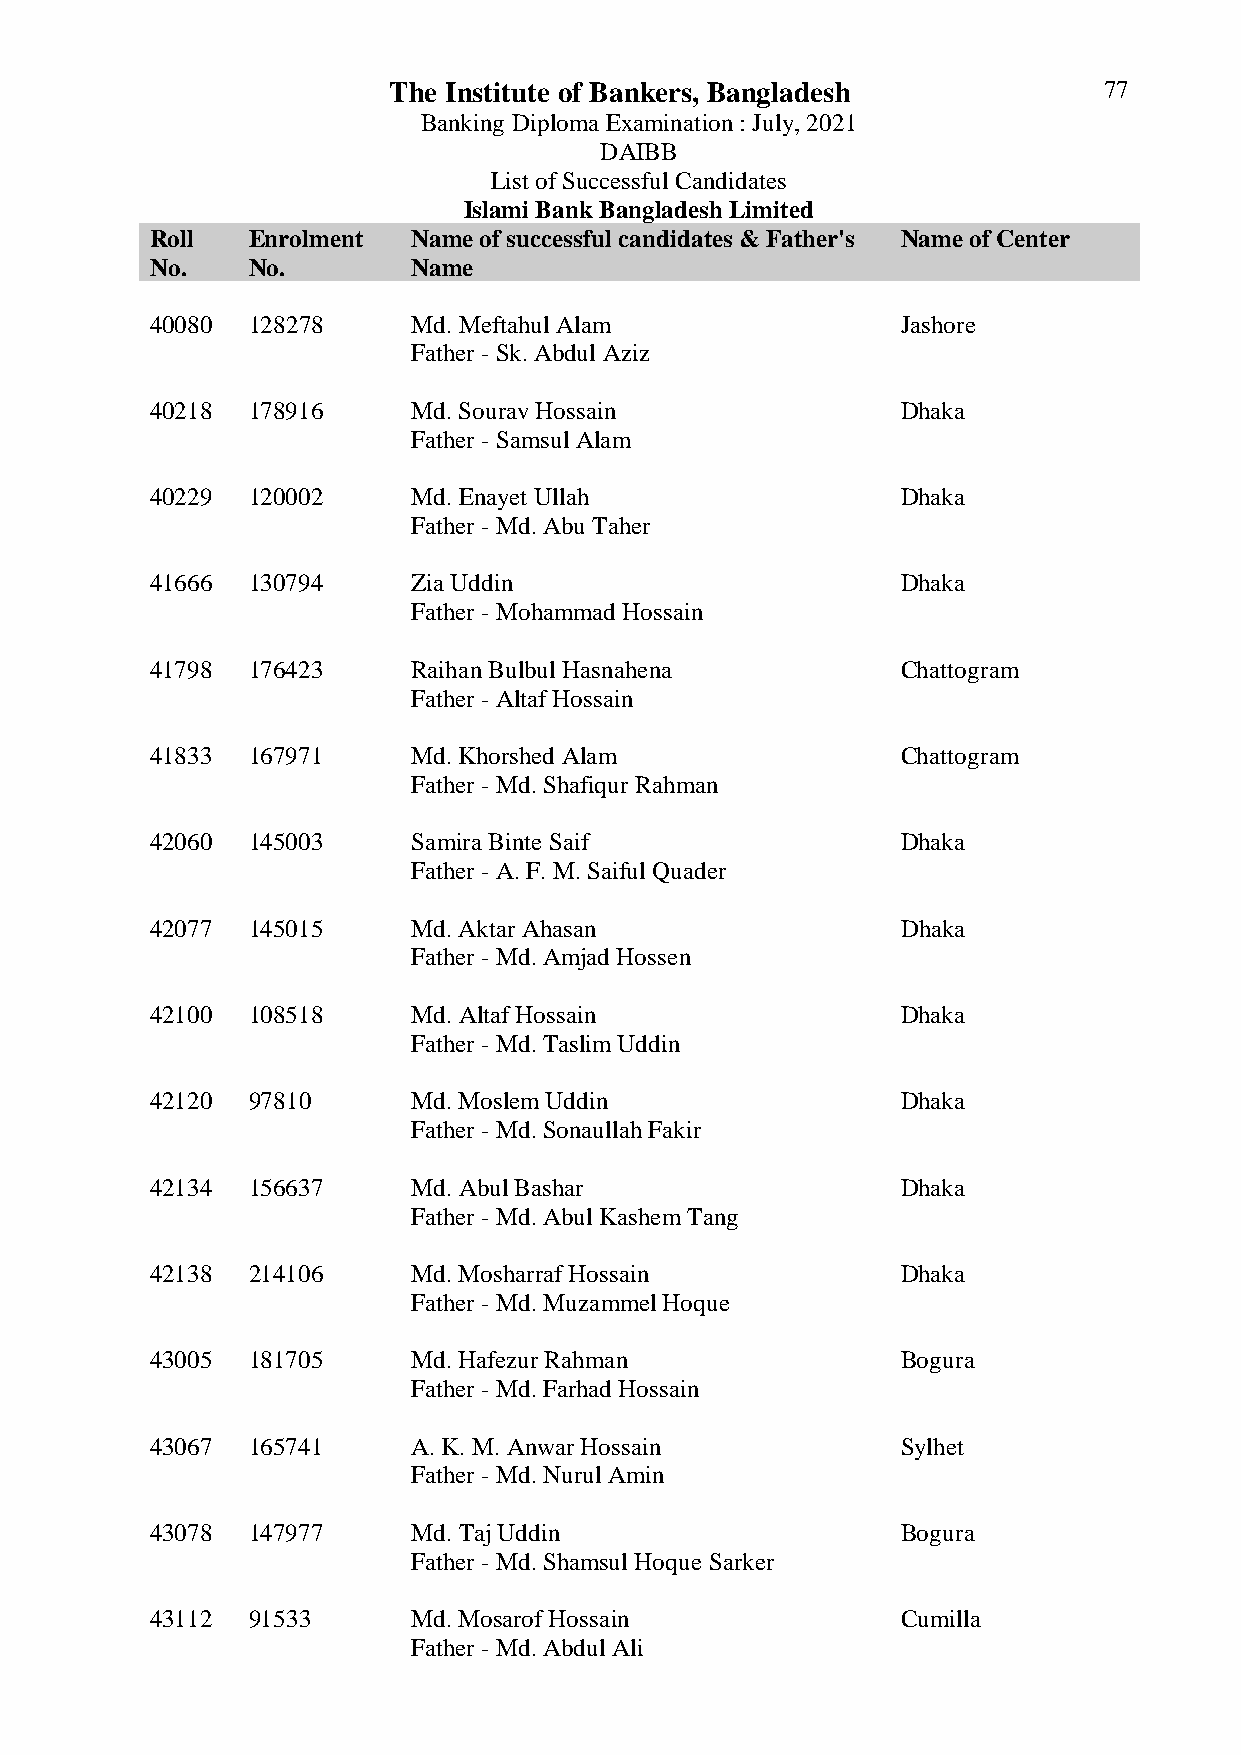
The Institute of Bankers, Bangladesh           77
 Banking Diploma Examination : July, 2021
 DAIBB
 List of Successful Candidates
 Islami Bank Bangladesh Limited
 Roll  Enrolment  Name of successful candidates & Father's Name of Center
 No.   No.        Name
 40080 128278     Md. Meftahul Alam                Jashore
 Father - Sk. Abdul Aziz
 40218 178916     Md. Sourav Hossain               Dhaka
 Father - Samsul Alam
 40229 120002     Md. Enayet Ullah                 Dhaka
 Father - Md. Abu Taher
 41666 130794     Zia Uddin                        Dhaka
 Father - Mohammad Hossain
 41798 176423     Raihan Bulbul Hasnahena          Chattogram
 Father - Altaf Hossain
 41833 167971     Md. Khorshed Alam                Chattogram
 Father - Md. Shafiqur Rahman
 42060 145003     Samira Binte Saif                Dhaka
 Father - A. F. M. Saiful Quader
 42077 145015     Md. Aktar Ahasan                 Dhaka
 Father - Md. Amjad Hossen
 42100 108518     Md. Altaf Hossain                Dhaka
 Father - Md. Taslim Uddin
 42120 97810      Md. Moslem Uddin                 Dhaka
 Father - Md. Sonaullah Fakir
 42134 156637     Md. Abul Bashar                  Dhaka
 Father - Md. Abul Kashem Tang
 42138 214106     Md. Mosharraf Hossain            Dhaka
 Father - Md. Muzammel Hoque
 43005 181705     Md. Hafezur Rahman               Bogura
 Father - Md. Farhad Hossain
 43067 165741     A. K. M. Anwar Hossain           Sylhet
 Father - Md. Nurul Amin
 43078 147977     Md. Taj Uddin                    Bogura
 Father - Md. Shamsul Hoque Sarker
 43112 91533      Md. Mosarof Hossain              Cumilla
 Father - Md. Abdul Ali